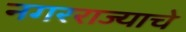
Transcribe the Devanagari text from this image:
नगरराज्याचे